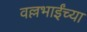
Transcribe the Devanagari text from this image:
वल्लभाईंच्या